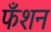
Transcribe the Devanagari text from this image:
फँशन